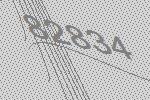
82834